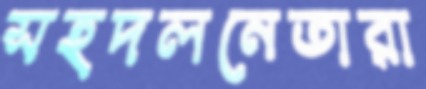
সহদলনেতারা